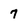
Character: 7